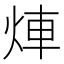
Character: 𤉖